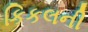
કિકલની